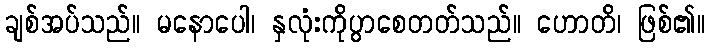
ချစ်အပ်သည်။ မနောပေါ၊ နှလုံးကိုပွာစေတတ်သည်။ ဟောတိ၊ ဖြစ်၏။